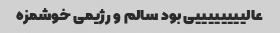
عالییییییییی بود سالم و رژیمی خوشمزه